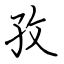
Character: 孜